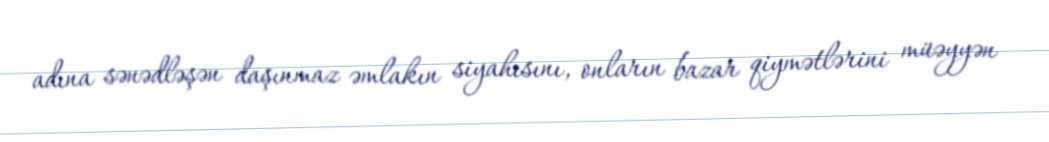
adına sənədləşən daşınmaz əmlakın siyahısını, onların bazar qiymətlərini müəyyən